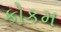
કોકમ